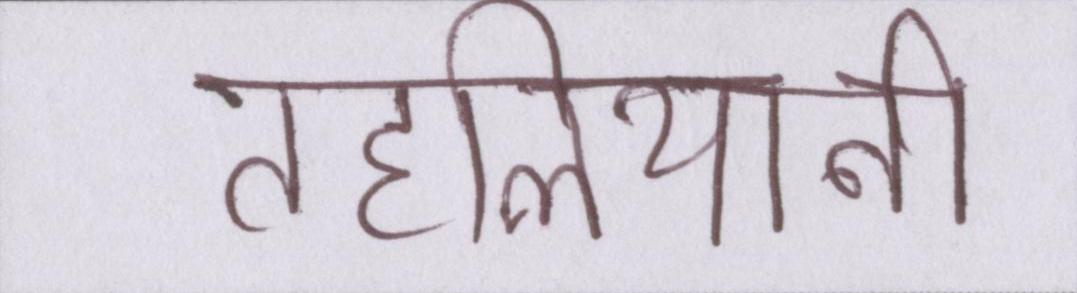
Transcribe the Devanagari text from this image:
तहलियानी